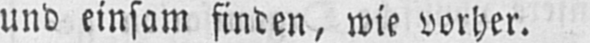
und einsam finden, wie vorher.